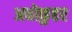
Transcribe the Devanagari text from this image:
अधोकुहर